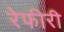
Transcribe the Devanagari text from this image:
रेफीरी